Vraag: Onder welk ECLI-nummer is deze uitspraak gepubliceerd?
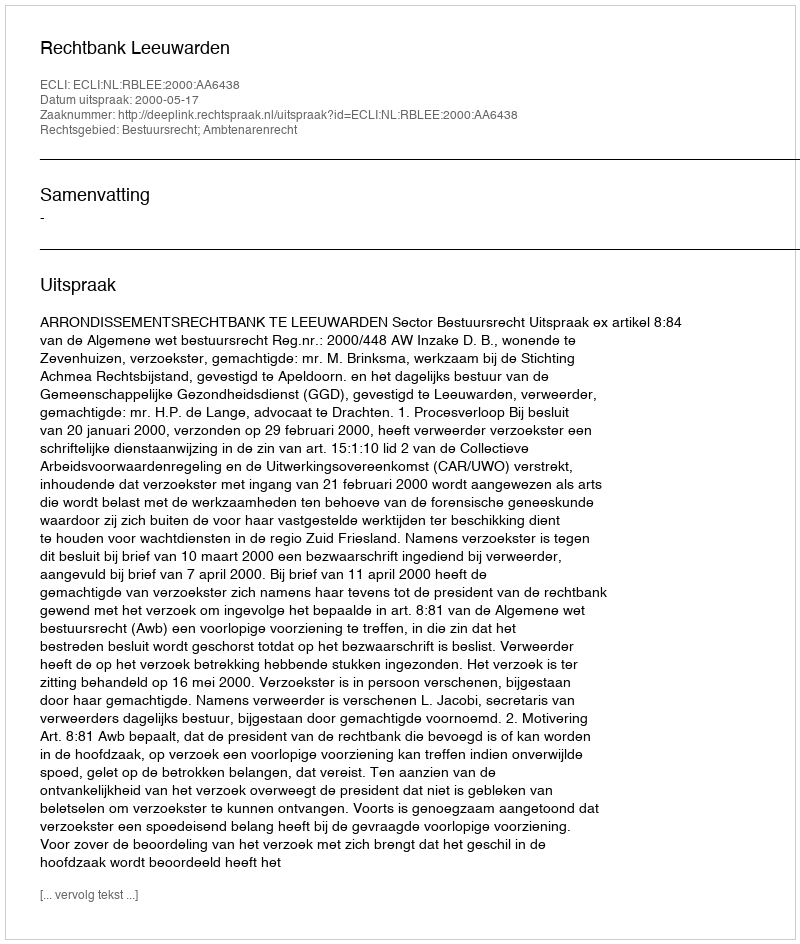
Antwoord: ECLI:NL:RBLEE:2000:AA6438